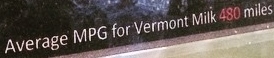
average MPG for Vermont milk 480 miles